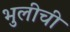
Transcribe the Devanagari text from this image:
भुलीची